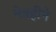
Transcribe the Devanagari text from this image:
नेत्रहीने